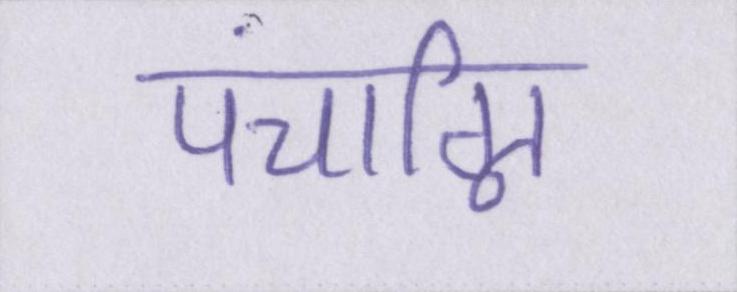
पंचाग्नि